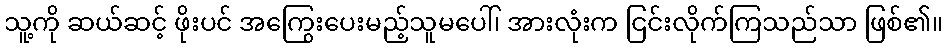
သူ့ကို ဆယ်ဆင့် ဖိုးပင် အကြွေးပေးမည့်သူမပေါ်၊ အားလုံးက ငြင်းလိုက်ကြသည်သာ ဖြစ်၏။